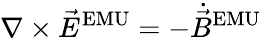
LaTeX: \nabla\times{\vec{E}}^{\mathrm{EMU}}=-{\dot{\vec{B}}}^{\mathrm{EMU}}